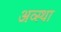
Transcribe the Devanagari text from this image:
अव्स्था